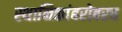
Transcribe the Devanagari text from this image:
स्थानिकांबरोबरच